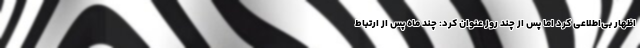
اظهار بی‌اطلاعی کرد اما پس از چند روز عنوان کرد: چند ماه پس از ارتباط